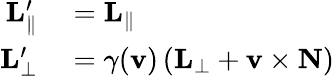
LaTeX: \begin{array}{rl}{\mathbf{L}_{\parallel}^{\prime}}&{{}=\mathbf{L}_{\parallel}}\\ {\mathbf{L}_{\perp}^{\prime}}&{{}=\gamma(\mathbf{v})\left(\mathbf{L}_{\perp}+\mathbf{v}\times\mathbf{N}\right)}\end{array}